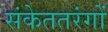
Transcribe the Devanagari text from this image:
संकेततरंगों